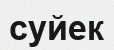
суйек